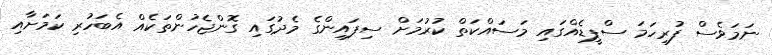
ނަމަވެސް ފުރިހަމަ ސްޕީޑެއްގައި މަސައްކަތް ކުރުމަށް ސިފައިންގެ މެދުގައި ގޮންޖެހުންތަކެއް އެބަހުރި ކަމަށާއި